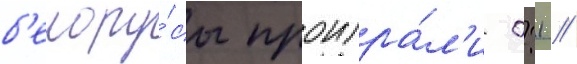
б'елору́сы проигра́л'и 0:1 //